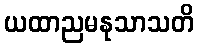
ယထာညမနုသာသတိ